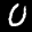
Label: 0